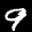
Label: 9